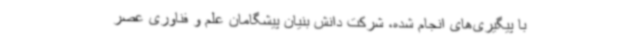
با پیگیری‌های انجام شده، شرکت دانش بنیان پیشگامان علم و فناوری عصر